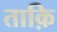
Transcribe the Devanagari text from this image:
ताक़ि